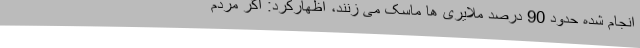
انجام شده حدود 90 درصد ملایری ها ماسک می زنند، اظهارکرد: اگر مردم